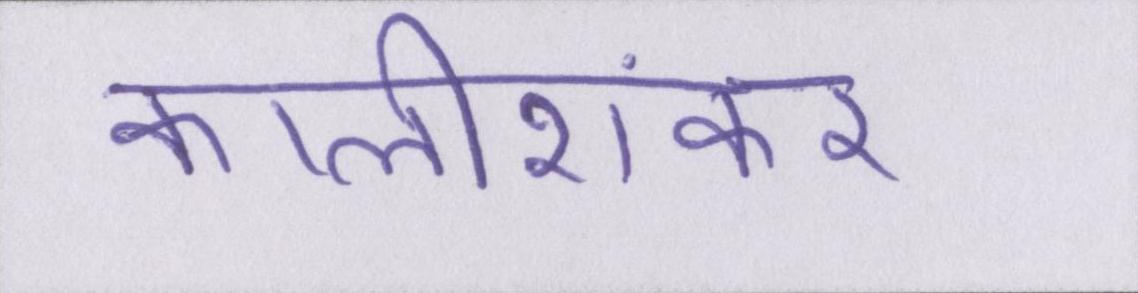
कालीशंकर